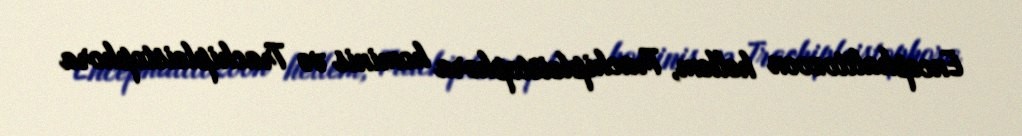
Encephalitozoon hellem, Trachipleistophora hominis və Trachipleistophora